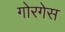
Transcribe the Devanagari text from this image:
गोरगेस